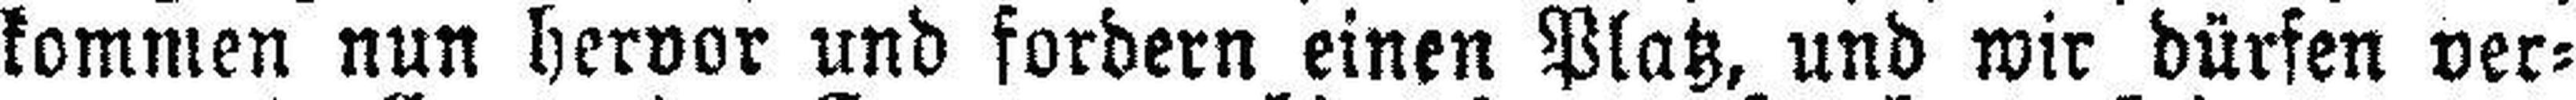
kommen nun hervor und fordern einen Platz, und wir dürfen ver¬